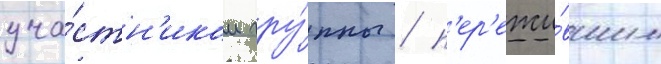
уча́стн'иком гру́ппы / п'ер'ежи́вшим